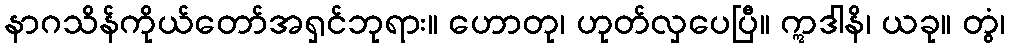
နာဂသိန်ကိုယ်တော်အရှင်ဘုရား။ ဟောတု၊ ဟုတ်လှပေပြီ။ ဣဒါနိ၊ ယခု။ တွံ၊